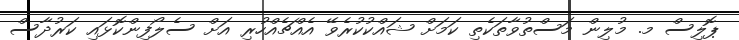
ޕޮލިސް މ. މުލިން މަސްތުވާތަކެތި ކަމަށް ޝައްކުކުރެވޭ އެއްޗެއްހުރި އަށް ސެލޯފިންކޮޅައި ކަރުދާސް